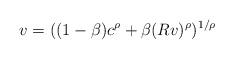
LaTeX: \begin{align*} v = ((1-\beta) c^\rho + \beta (Rv)^\rho)^{1/\rho}\end{align*}